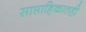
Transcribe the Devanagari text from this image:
साप्ताहिकातही